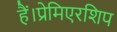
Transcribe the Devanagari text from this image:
हैं।प्रेमिएरशिप